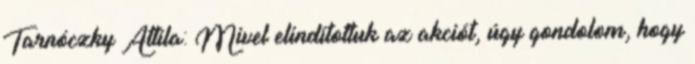
Tarnóczky Attila: Mivel elindítottuk az akciót, úgy gondolom, hogy